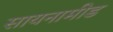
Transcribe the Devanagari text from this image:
सायनामीड